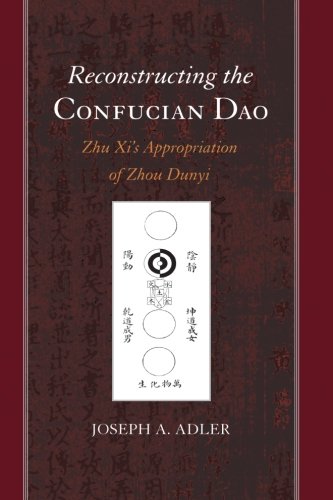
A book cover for Reconstructing the Confucian Dao: Zhu Xi's Appropriation of Zhou Dunyi (SUNY series in Chinese Philosophy and Culture); Joseph A. Adler; Religion & Spirituality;